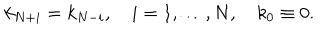
k _ { N + i } = k _ { N - i } , \quad i = 1 , \ldots , N , \quad k _ { 0 } \equiv 0 .